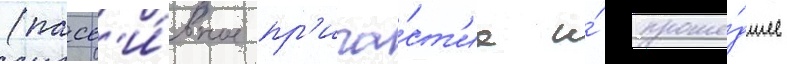
(пасс'и́вное пр'ича́ст'ие и́ проше́дшее